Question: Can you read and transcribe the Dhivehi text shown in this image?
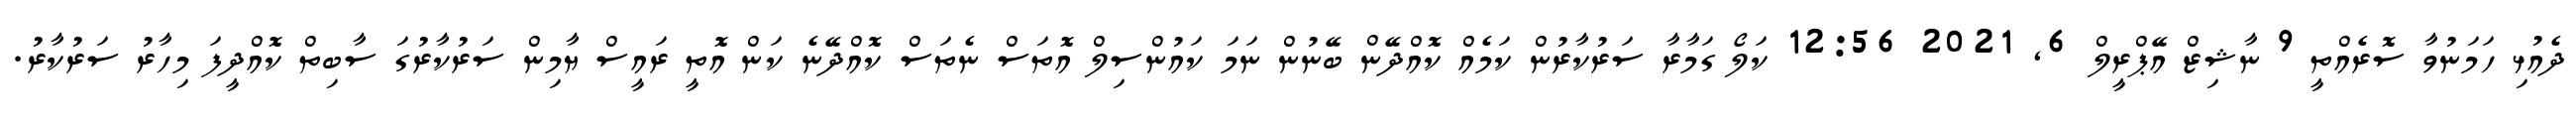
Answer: ދެއުޅި ހަމަނުވާ ސޮރެއްތީ 9 ނާޝިޒް އޭޕްރީލް 6, 2021 12:56 ކަލޯ ގަމާރާ ސަރުކާރުން ކަމެއް ކޮއްދޭން ބޭނުން ނަމަ ކައުންސިލް އޮތަސް ނެތަސް ކޮއްދޭނެ ކަން އޮތީ ރައީސް ޔާމިން ސަރުކާރުގަ ސާބިތް ކޮއްދީފަ މިހާރު ސަރުކާރު.